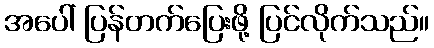
အပေါ် ပြန်တက်ပြေးဖို့ ပြင်လိုက်သည်။